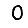
Digit: 0